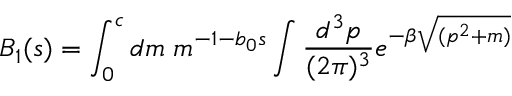
B _ { 1 } ( s ) = \int _ { 0 } ^ { c } d m \; m ^ { - 1 - b _ { 0 } s } \int \frac { d ^ { 3 } p } { ( 2 \pi ) ^ { 3 } } e ^ { - \beta \sqrt { ( p ^ { 2 } + m ) } }